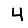
Digit: 4